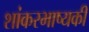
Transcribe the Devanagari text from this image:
शांकरभाष्यकी